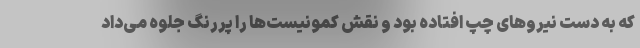
که به دست نیروهای چپ افتاده بود و نقش کمونیست‌ها را پررنگ جلوه می‌داد